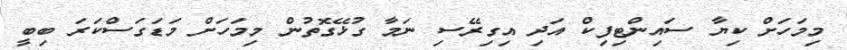
މިމަހަށް ކިޔާ ސައިންޓިފިކް އަދި އިގިރޭސި ނަމާ ގުޅޭގޮތުން މިމަހަށް މަޑަގަސްކަރަ ބިބީ